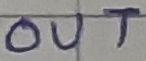
Text: OUT